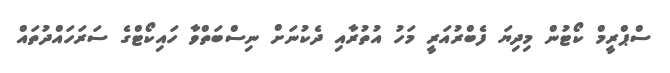
ސްްޕްރީމް ކޯޓުން މިދިޔަ ފެބްރުއަރީ މަހު އުތުރާއި ދެކުނަށް ނިސްބަތްވާ ހައިކޯޓްގެ ސަރަހައްދުތައް